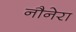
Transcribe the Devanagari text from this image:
नौनेरा